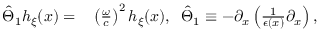
\begin{array} { r l } { \hat { \Theta } _ { 1 } h _ { \xi } ( x ) = } & { { } \left( \frac { \omega } { c } \right) ^ { 2 } h _ { \xi } ( x ) , \; \; \hat { \Theta } _ { 1 } \equiv - \partial _ { x } \left( \frac { 1 } { \epsilon ( x ) } \partial _ { x } \right) , } \end{array}